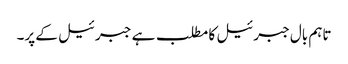
تاہم بال جبرئیل کا مطلب ہے جبرئیل کے پر۔